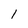
Character: 1